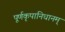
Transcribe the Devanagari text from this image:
पूर्णकृपानिधानम्